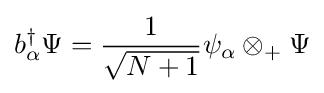
b_{\alpha }^{\dagger }\Psi ={\frac {1}{\sqrt {N+1}}}\psi _{\alpha }\otimes _{+}\Psi